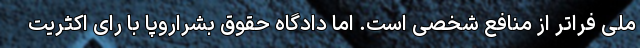
ملی فراتر از منافع شخصی است. اما دادگاه حقوق بشراروپا با رای اکثریت